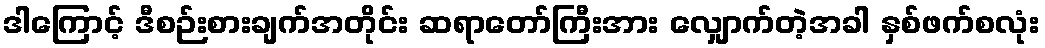
ဒါကြောင့် ဒီစဉ်းစားချက်အတိုင်း ဆရာတော်ကြီးအား လျှောက်တဲ့အခါ နှစ်ဖက်စလုံး